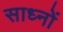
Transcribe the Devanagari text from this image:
साध्नों